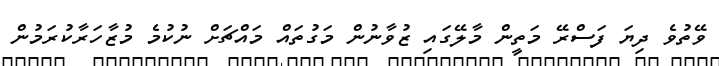
ވޭތުވެ ދިޔަ ފަސްރޭ މަތީން މާލޭގައި ޒުވާނުން މަގުތައް މައްޗަށް ނުކުމެ މުޒާހަރާކުރަމުން